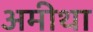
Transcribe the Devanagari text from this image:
अमीथा